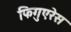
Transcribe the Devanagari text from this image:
फिगुएरेस